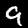
Digit: 9